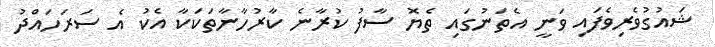
ޝައުގުވެރިވެފައި ވަނީ އެތަނުގައި ތެޔޮ ސާފު ކުރާނެ ކާރުހާނާތަކަކާ އެކު އެ ސަރަހައްދު